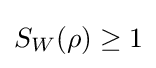
S_{W}(\rho )\geq 1